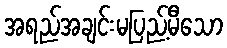
အရည်အချင်းမပြည့်မီသော